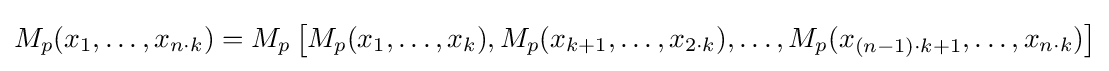
M_{p}(x_{1},\dots ,x_{n\cdot k})=M_{p}\left[M_{p}(x_{1},\dots ,x_{k}),M_{p}(x_{k+1},\dots ,x_{2\cdot k}),\dots ,M_{p}(x_{(n-1)\cdot k+1},\dots ,x_{n\cdot k})\right]